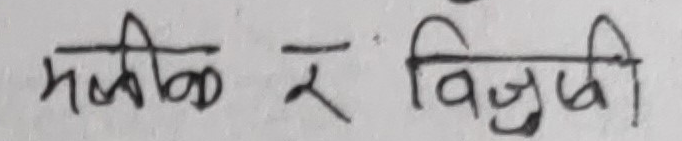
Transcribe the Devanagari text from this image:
मलीळ र विद्युती